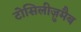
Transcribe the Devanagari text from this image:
टोसिलीज़ुमैब